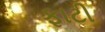
ફાટી